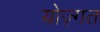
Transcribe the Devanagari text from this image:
योज़्गत